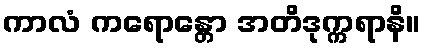
ကာလံ ကရောန္တော အတိဒုက္ကရာနိ။